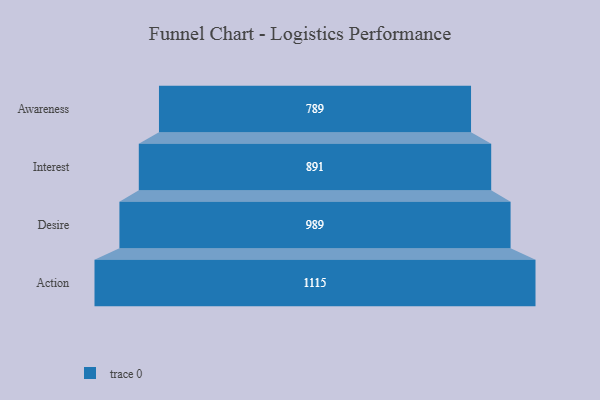
{"axis": {"x": "Stage", "y": "Value"}, "legend": [""], "data": [{"x": "Awareness", "y": 789.0, "type": ""}, {"x": "Interest", "y": 891.0, "type": ""}, {"x": "Desire", "y": 989.0, "type": ""}, {"x": "Action", "y": 1115.0, "type": ""}]}